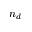
n _ { d }